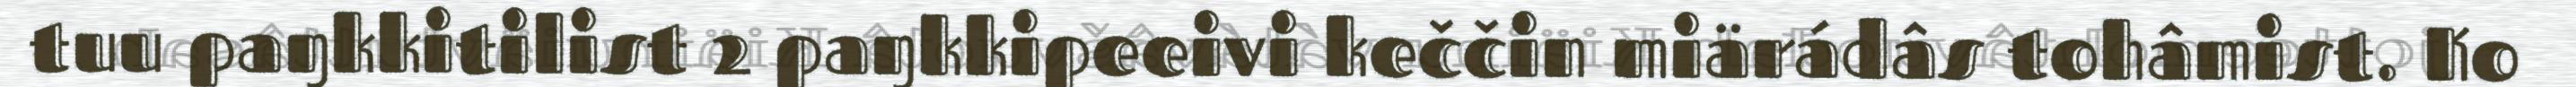
tuu paŋkkitilist 2 paŋkkipeeivi keččin miärádâs tohâmist. Ko